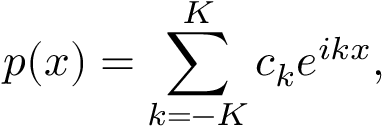
p ( x ) = \sum _ { k = - K } ^ { K } c _ { k } e ^ { i k x } ,